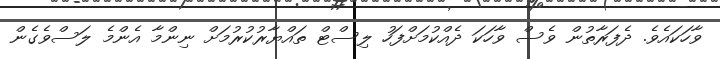
ވާހަކައެވެ. ދެފަރާތުން ވެސް ވާހަކަ ދެއްކުމަށްފަހު ލިސްޓް ތައްޔާރުކުރުމަށް ނިންމާ އެންމެ ލަސްވެގެން